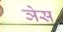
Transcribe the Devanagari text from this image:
ञेस